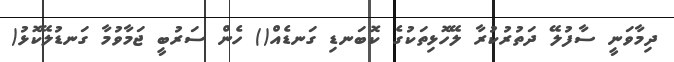
ދިމާވަނީ ސާފުލޭ ދަތުރުކުރާ ލޭހޮޅިތަކުގެ ކޮބަނޑި ގަނޑެއް() ހެން ސަރުބީ ޖަމާވުމާ ގަނޑުލޭކޮޅު(